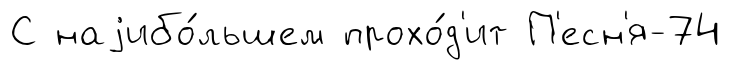
С наjибо́льшем прохо́д'ит П'есн'я-74